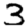
Digit: 3